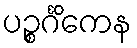
ပဉ္စင်္ဂိကေန